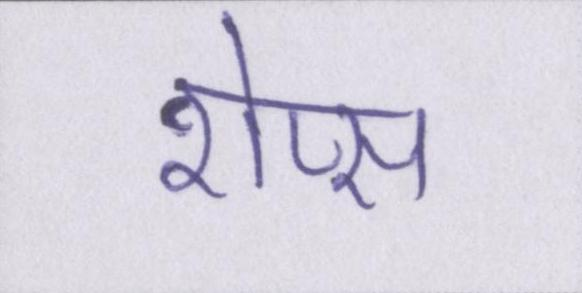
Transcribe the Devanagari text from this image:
शेप्स